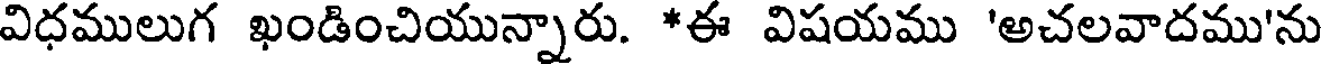
విధములుగ ఖండించియున్నారు. *ఈ విషయము 'అచలవాదము'ను